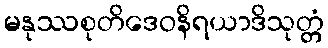
မနုဿစုတိဒေဝနိရယာဒိသုတ္တံ